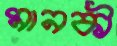
মানকী